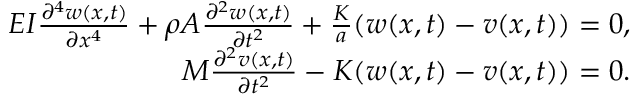
\begin{array} { r } { E I \frac { \partial ^ { 4 } w ( x , t ) } { \partial x ^ { 4 } } + \rho A \frac { \partial ^ { 2 } w ( x , t ) } { \partial t ^ { 2 } } + \frac { K } { a } ( w ( x , t ) - v ( x , t ) ) = 0 , } \\ { M \frac { \partial ^ { 2 } v ( x , t ) } { \partial t ^ { 2 } } - K ( w ( x , t ) - v ( x , t ) ) = 0 . } \end{array}